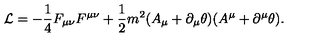
{ \cal L } = - \frac { 1 } { 4 } F _ { \mu \nu } F ^ { \mu \nu } + \frac { 1 } { 2 } m ^ { 2 } ( A _ { \mu } + \partial _ { \mu } \theta ) ( A ^ { \mu } + \partial ^ { \mu } \theta ) .